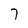
Character: 7